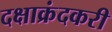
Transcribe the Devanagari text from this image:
दक्षाक्रंदकरी